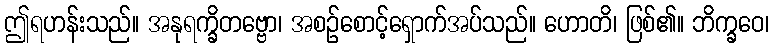
ဤရဟန်းသည်။ အနုရက္ခိတဗ္ဗော၊ အစဉ်စောင့်ရှောက်အပ်သည်။ ဟောတိ၊ ဖြစ်၏။ ဘိက္ခဝေ၊